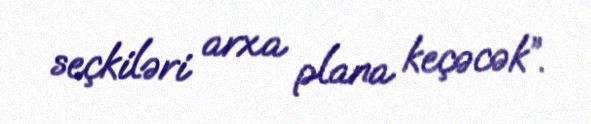
seçkiləri arxa plana keçəcək”.